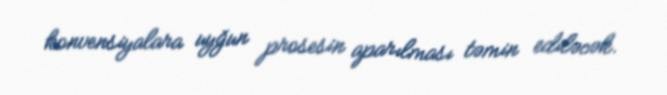
konvensiyalara uyğun prosesin aparılması təmin ediləcək.